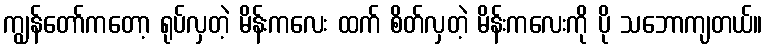
ကျွန်တော်ကတော့ ရုပ်လှတဲ့ မိန်းကလေး ထက် စိတ်လှတဲ့ မိန်းကလေးကို ပို သဘောကျတယ်။